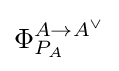
\Phi _{P_{A}}^{A\to A^{\vee }}